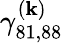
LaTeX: \gamma_{81,88}^{(\mathbf{k})}